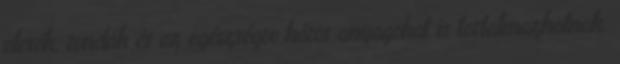
olcsók, rondák és az egészségre káros anyagokat is tartalmazhatnak.